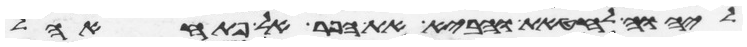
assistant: ליהוה לחטאת והביא את הפר אל פתח אהל